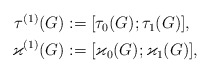
\begin{align*}\begin{aligned}\tau^{(1)}(G) &:=\lbrack\tau_0(G);\tau_1(G)\rbrack,\\\varkappa^{(1)}(G) &:=\lbrack\varkappa_0(G);\varkappa_1(G)\rbrack,\end{aligned}\end{align*}